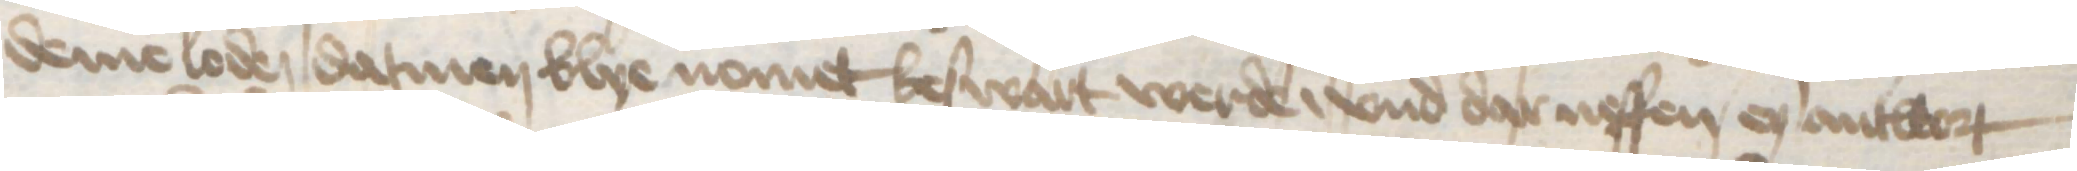
deme loden datmen blye nomet beswart werde, vnd dar neffen eyn antwort